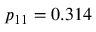
p _ { 1 1 } = 0 . 3 1 4